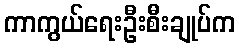
ကာကွယ်ရေးဦးစီးချုပ်က